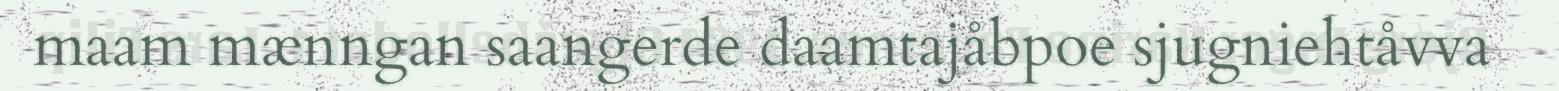
maam mænngan saangerde daamtajåbpoe sjugniehtåvva